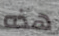
هذه